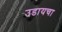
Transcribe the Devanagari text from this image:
उडायचा